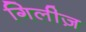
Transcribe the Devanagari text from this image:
गिलीज़